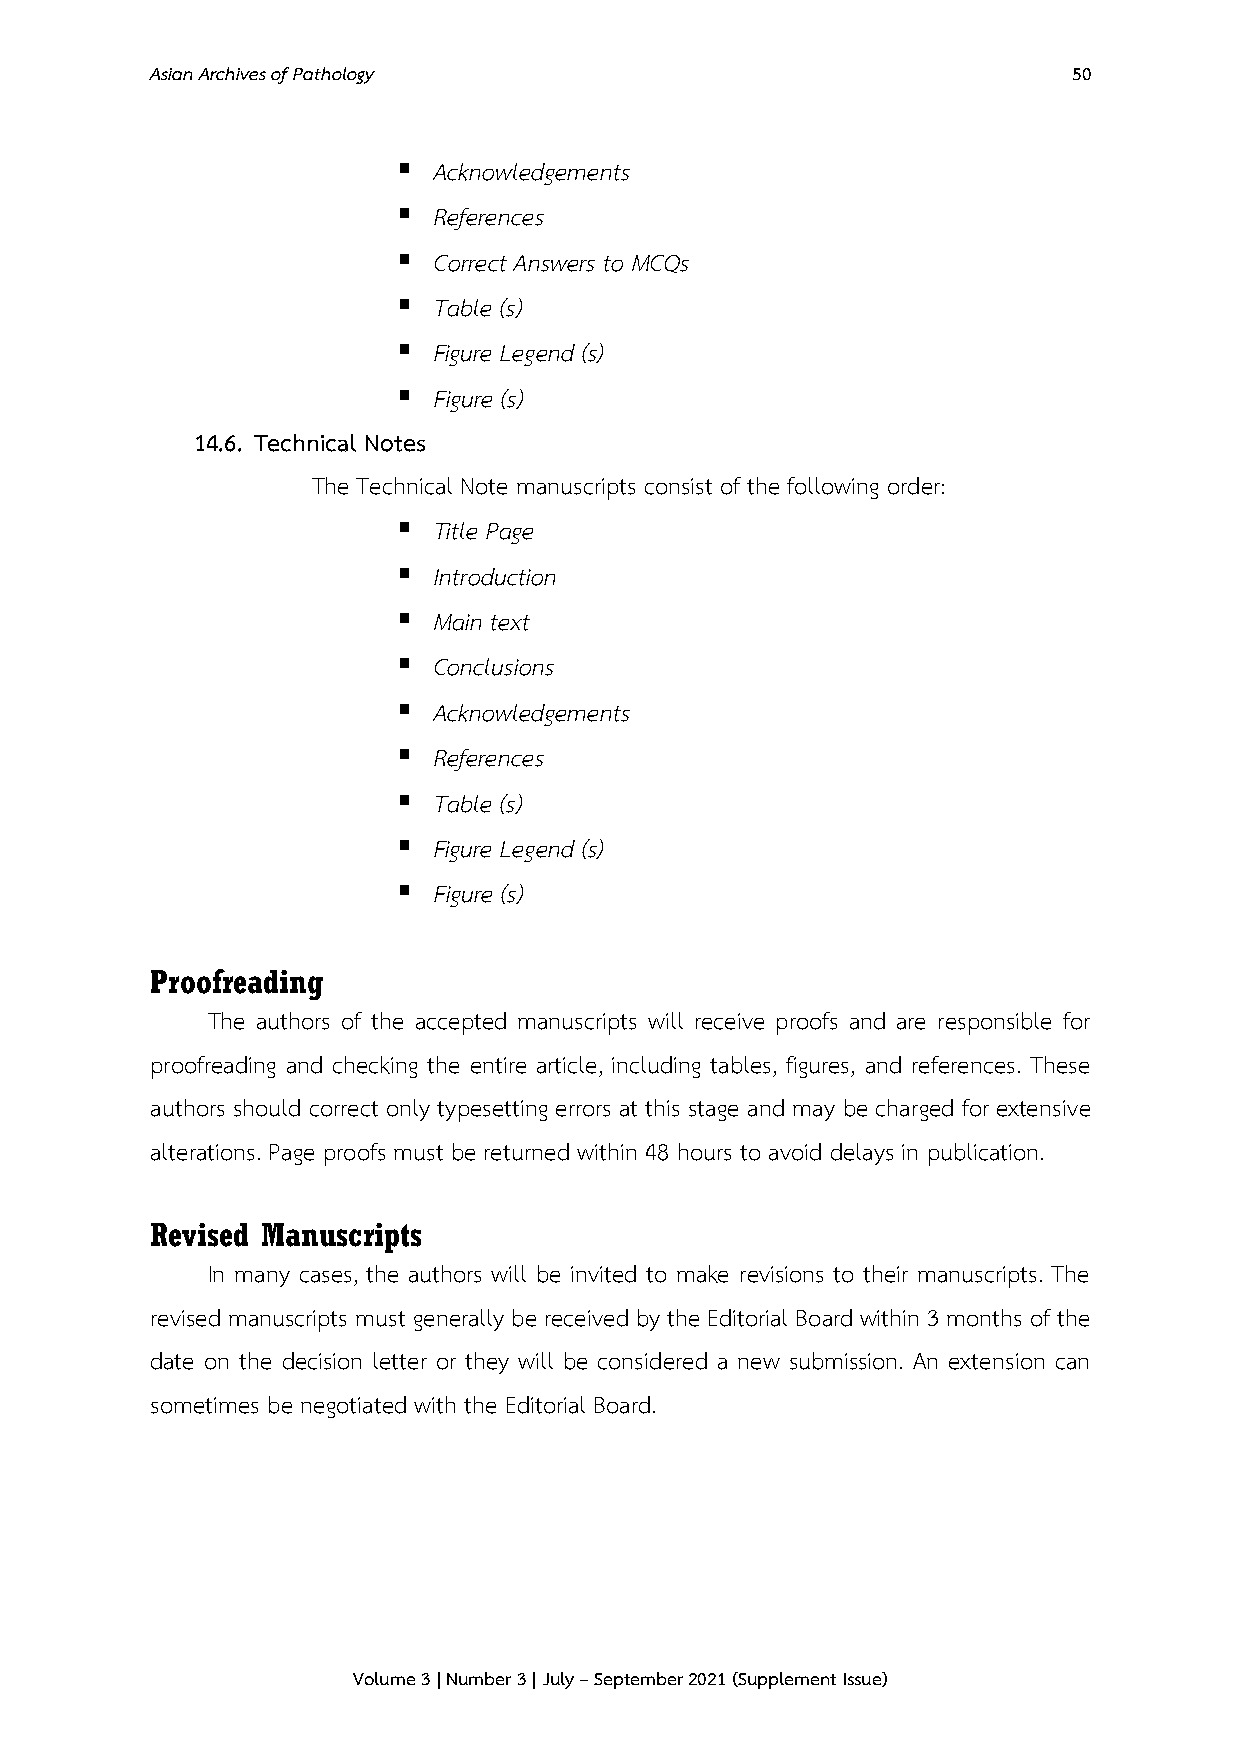
Asian Archives of Pathology                                  50
 ▪  Acknowledgements
 ▪  References
 ▪  Correct Answers to MCQs
 ▪  Table (s)
 ▪  Figure Legend (s)
 ▪  Figure (s)
 14.6. Technical Notes
 The Technical Note manuscripts consist of the following order:
 ▪  Title Page
 ▪  Introduction
 ▪  Main text
 ▪  Conclusions
 ▪  Acknowledgements
 ▪  References
 ▪  Table (s)
 ▪  Figure Legend (s)
 ▪  Figure (s)
 Proofreading
 The authors of the accepted manuscripts will receive proofs and are responsible for
 proofreading and checking the entire article, including tables, figures, and references. These
 authors should correct only typesetting errors at this stage and may be charged for extensive
 alterations. Page proofs must be returned within 48 hours to avoid delays in publication.
 Revised Manuscripts
 In many cases, the authors will be invited to make revisions to their manuscripts. The
 revised manuscripts must generally be received by the Editorial Board within 3 months of the
 date on the decision letter or they will be considered a new submission. An extension can
 sometimes be negotiated with the Editorial Board.
 Volume 3 | Number 3 | July – September 2021 (Supplement Issue)